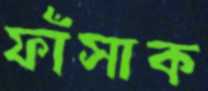
ফাঁসাক